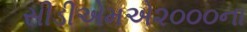
સીડીએમએ૨૦૦૦ના